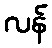
လန်